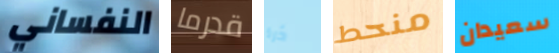
النفساني قدرما ذرة منحط سعيدان